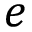
e